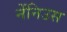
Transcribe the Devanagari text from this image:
नेंनिउस